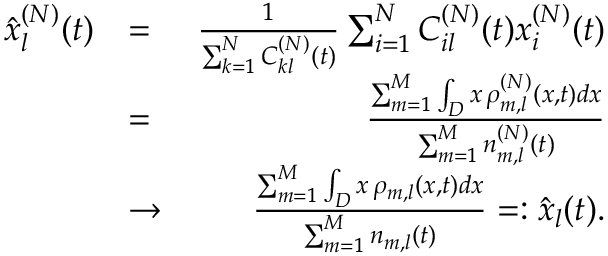
\begin{array} { r l r } { \hat { x } _ { l } ^ { ( N ) } ( t ) } & { = } & { \frac { 1 } { \sum _ { k = 1 } ^ { N } C _ { k l } ^ { ( N ) } ( t ) } \sum _ { i = 1 } ^ { N } C _ { i l } ^ { ( N ) } ( t ) x _ { i } ^ { ( N ) } ( t ) } \\ & { = } & { \frac { \sum _ { m = 1 } ^ { M } \int _ { D } x \, \rho _ { m , l } ^ { ( N ) } ( x , t ) d x } { \sum _ { m = 1 } ^ { M } n _ { m , l } ^ { ( N ) } ( t ) } } \\ & { \rightarrow } & { \frac { \sum _ { m = 1 } ^ { M } \int _ { D } x \, \rho _ { m , l } ( x , t ) d x } { \sum _ { m = 1 } ^ { M } n _ { m , l } ( t ) } = : \hat { x } _ { l } ( t ) . } \end{array}